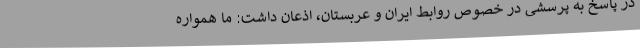
در پاسخ به پرسشی در خصوص روابط ایران و عربستان، اذعان داشت: ما همواره